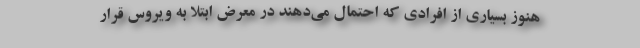
هنوز بسیاری از افرادی که احتمال می‌دهند در معرض ابتلا به ویروس قرار